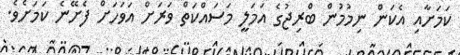
ކަމަށާއި އެކަން ނިމުމުން ބްރިޖުގެ އަމަލީ މަސައްކަތް ވަރަށް އަވަހަށް ފެށޭނެ ކަމަށެވެ.